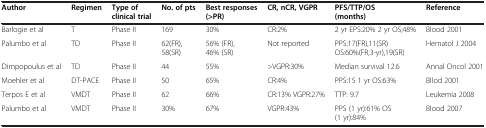
<table><thead><tr><td><b>Author</b></td><td><b>Regimen</b></td><td><b>Type of clinical trial</b></td><td><b>No. of pts</b></td><td><b>Best responses (&gt;PR)</b></td><td><b>CR, nCR, VGPR</b></td><td><b>PFS/TTP/OS (months)</b></td><td><b>Reference</b></td></tr></thead><tbody><tr><td>Barlogie et al</td><td>T</td><td>Phase II</td><td>169</td><td>30%</td><td>CR:2%</td><td>2 yr EPS:20% 2 yr OS;48%</td><td>Blood 2001</td></tr><tr><td>Palumbo et al</td><td>TD</td><td>Phase II</td><td>62(FR), 58(SR)</td><td>56% (FR), 46% (SR)</td><td>Not reported</td><td>PPS:17(FR),11(SR) OS:60%(FR,3-yr),19(SR)</td><td>Hematol J 2004</td></tr><tr><td>Dimpopoulus et al</td><td>TD</td><td>Phase II</td><td>44</td><td>55%</td><td>&gt;VGPR:30%</td><td>Median survival 12.6</td><td>Annal Oncol 2001</td></tr><tr><td>Moehler et al</td><td>DT-PACE</td><td>Phase II</td><td>50</td><td>65%</td><td>CR:4%</td><td>PPS:15 1 yr OS:63%</td><td>Bllod 2001</td></tr><tr><td>Terpos E et al</td><td>VMDT</td><td>Phase II</td><td>62</td><td>66%</td><td>CR:13% VGPR:27%</td><td>TTP: 9.7</td><td>Leukemia 2008</td></tr><tr><td>Palumbo et al</td><td>VMDT</td><td>Phase II</td><td>30%</td><td>67%</td><td>VGPR:43%</td><td>PPS (1 yr):61% OS (1 yr):84%</td><td>Blood 2007</td></tr></tbody></table>